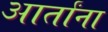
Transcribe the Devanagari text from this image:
आर्तांना